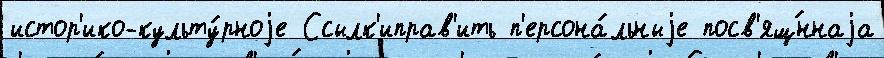
истор'ико-культу́рноjе Ссылк'иправ'ить п'ерсона́льныjе посв'ящ́ннаjа